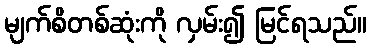
မျက်စိတစ်ဆုံးကို လှမ်း၍ မြင်ရသည်။